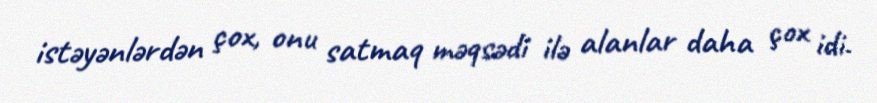
istəyənlərdən çox, onu satmaq məqsədi ilə alanlar daha çox idi.